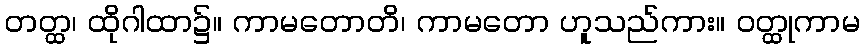
တတ္ထ၊ ထိုဂါထာ၌။ ကာမတောတိ၊ ကာမတော ဟူသည်ကား။ ဝတ္ထုကာမ